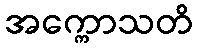
အက္ကောသတိ